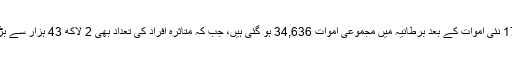
برطانیہ ہلاکتوں میں دوسرا بڑا ملک بن چکا ہے، گزشتہ چوبیس گھنٹوں کے دوران 170 نئی اموات کے بعد برطانیہ میں مجموعی اموات 34,636 ہو گئی ہیں، جب کہ متاثرہ افراد کی تعداد بھی 2 لاکھ 43 ہزار سے بڑھ گئی ہے، برطانیہ نے تاحال صحت یاب ہونے والے مریضوں کا ڈیٹا جاری نہیں کیا۔